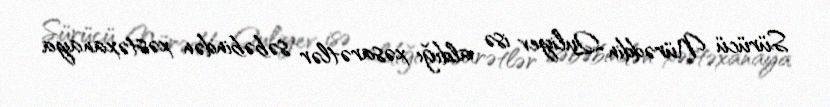
Sürücü Nürəddin Quliyev isə aldığı xəsarətlər səbəbindən xəstəxanaya